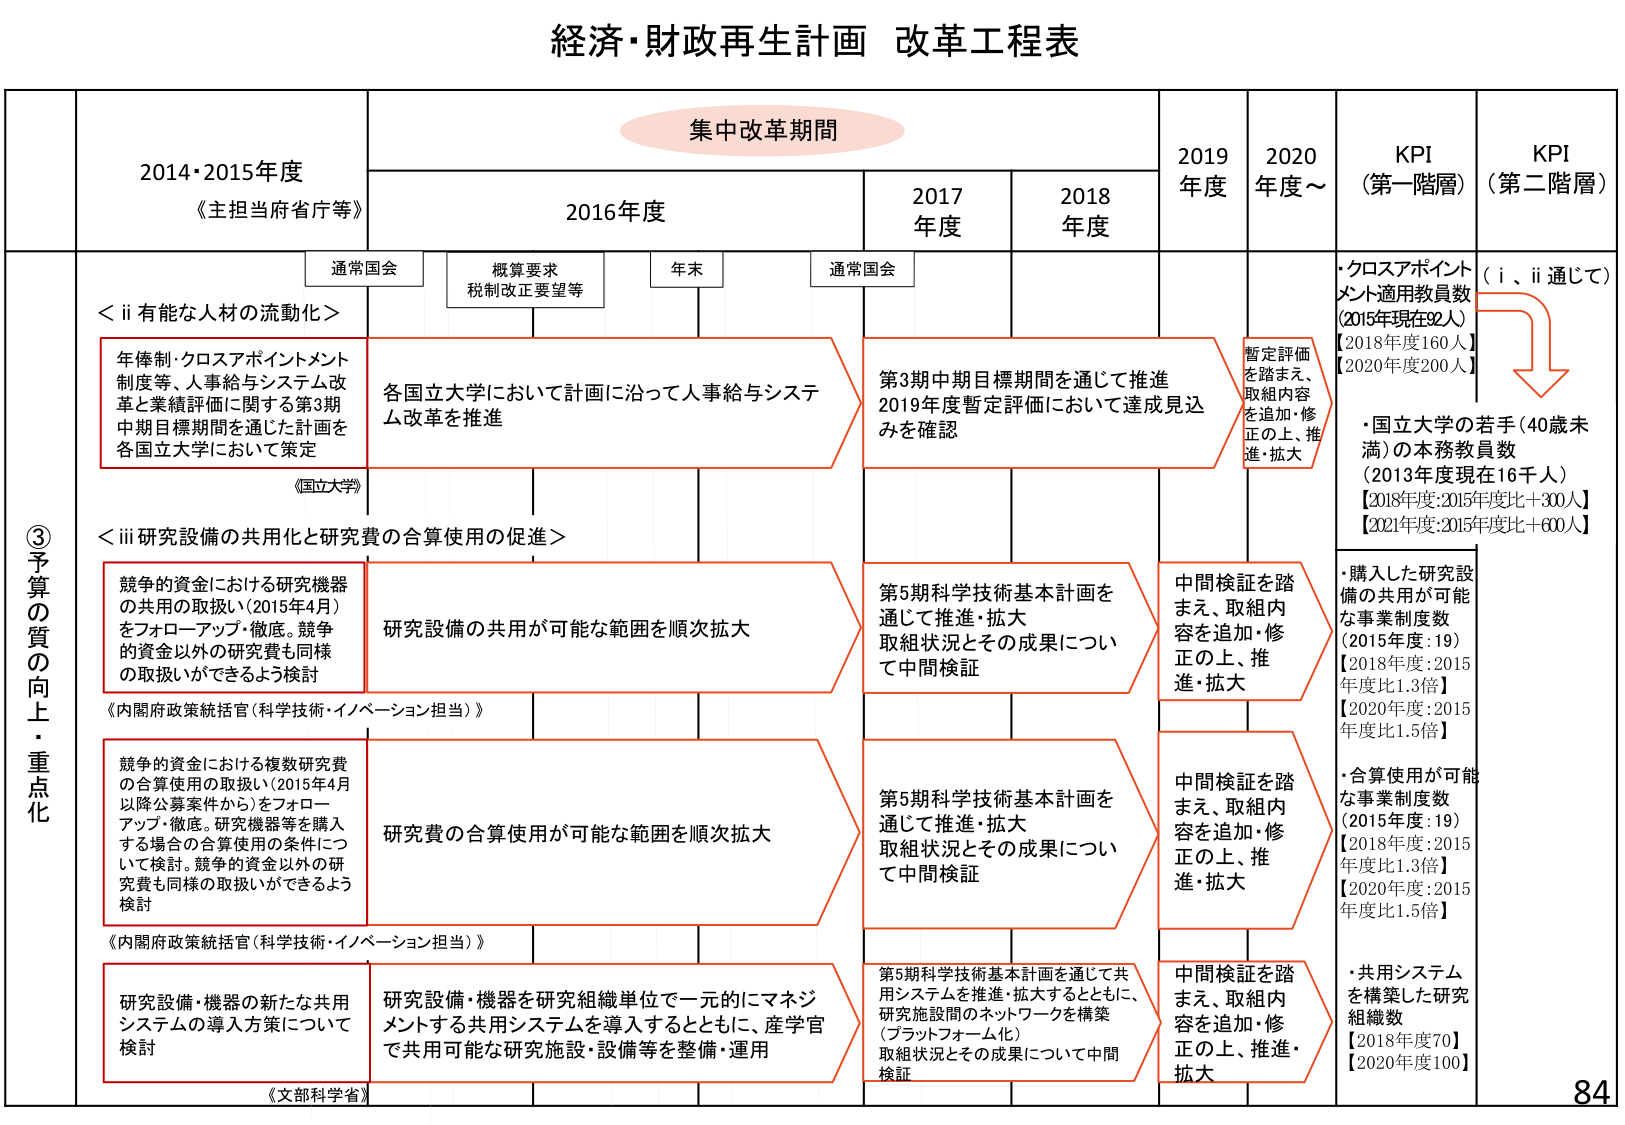
経済・財政再生計画 改革工程表

集中改革期間

2014・2015年度
《主担当府省庁等》

2016年度
通常国会
概算要求
税制改正要望等
年末
通常国会

2017年度

2018年度

2019年度

2020年度～

KPI（第一階層）

KPI（第二階層）

③予算の質の向上・重点化

＜ⅱ有能な人材の流動化＞
年俸制・クロスアポイントメント制度等、人事給与システム改革と業績評価に関する第3期中期目標期間を通じた計画を各国立大学において策定
《国立大学》

各国立大学において計画に沿って人事給与システム改革を推進

第3期中期目標期間を通じて推進
2019年度暫定評価において達成見込みを確認

暫定評価を踏まえ、取組内容を追加・修正の上、推進・拡大

・クロスアポイントメント適用教員数
（2015年現在92人）
【2018年度160人】
【2020年度200人】

（ⅰ、ⅱ通じて）
↓

・国立大学の若手（40歳未満）の本務教員数
（2013年度現在16千人）
【2018年度：2015年度比＋300人】
【2021年度：2015年度比＋600人】

＜ⅲ研究設備の共用化と研究費の合算使用の促進＞
競争的資金における研究機器の共用の取扱い（2015年4月）をフォローアップ・徹底。競争的資金以外の研究費も同様の取扱いができるよう検討
《内閣府政策統括官（科学技術・イノベーション担当）》

研究設備の共用が可能な範囲を順次拡大

第5期科学技術基本計画を通じて推進・拡大
取組状況とその成果について中間検証

中間検証を踏まえ、取組内容を追加・修正の上、推進・拡大

・購入した研究設備の共用が可能な事業制度数
（2015年度：19）
【2018年度：2015年度比1.3倍】
【2020年度：2015年度比1.5倍】

競争的資金における複数研究費の合算使用の取扱い（2015年4月以降公募案件から）をフォローアップ・徹底。研究機器等を購入する場合の合算使用の条件について検討。競争的資金以外の研究費も同様の取扱いができるよう検討
《内閣府政策統括官（科学技術・イノベーション担当）》

研究費の合算使用が可能な範囲を順次拡大

第5期科学技術基本計画を通じて推進・拡大
取組状況とその成果について中間検証

中間検証を踏まえ、取組内容を追加・修正の上、推進・拡大

・合算使用が可能な事業制度数
（2015年度：19）
【2018年度：2015年度比1.3倍】
【2020年度：2015年度比1.5倍】

研究設備・機器の新たな共用システムの導入方策について検討
《文部科学省》

研究設備・機器を研究組織単位で一元的にマネジメントする共用システムを導入するとともに、産学官で共用可能な研究施設・設備等を整備・運用

第5期科学技術基本計画を通じて共用システムを推進・拡大するとともに、研究施設間のネットワークを構築（プラットフォーム化）
取組状況とその成果について中間検証

中間検証を踏まえ、取組内容を追加・修正の上、推進・拡大

・共用システムを構築した研究組織数
【2018年度70】
【2020年度100】

84